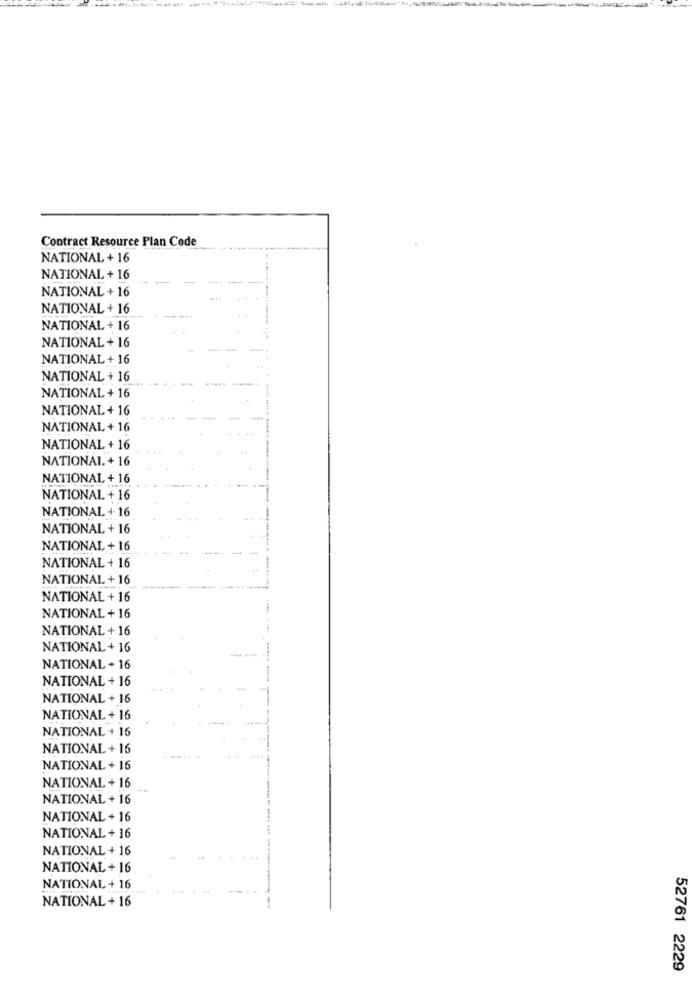
Contract Resource Plan Code
NATIONAL + 16
NATIONAL + 16
NATIONAL + 16
NATIONAL + 16
NATIONAL + 16
NATIONAL + 16
NATIONAL + 16
NATIONAL + 16
NATIONAL + 16
NATIONAL + 16
NATIONAL + 16
NATIONAL + 16
NATIONAL + 16
NATIONAL + 16
NATIONAL + 16
NATIONAL + 16
NATIONAL + 16
NATIONAL + 16
NATIONAL + 16
NATIONAL + 16
NATIONAL + 16
NATIONAL + 16
NATIONAL + 16
NATIONAL + 16
NATIONAL + 16
NATIONAL + 16
NATIONAL + 16
NATIONAL + 16
NATIONAL + 16
NATIONAL + 16
NATIONAL + 16
NATIONAL + 16
NATIONAL + 16
NATIONAL + 16
NATIONAL + 16
NATIONAL + 16
NATIONAL + 16
NATIONAL + 16
NATIONAL + 16
52761 2229